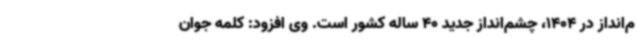
م‌انداز در 1404، چشم‌انداز جدید 40 ساله کشور است. وی افزود: کلمه جوان